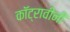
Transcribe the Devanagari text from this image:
कॉट्रावीनी